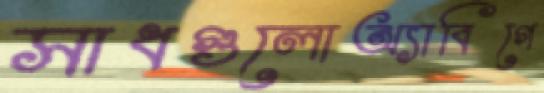
সাধগুলোঅ্যাবিগে